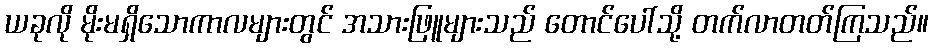
ယခုလို မိုးမရှိသောကာလများတွင် အသားဖြူများသည် တောင်ပေါ်သို့ တက်လာတတ်ကြသည်။